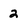
Character: 2